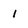
Character: 1